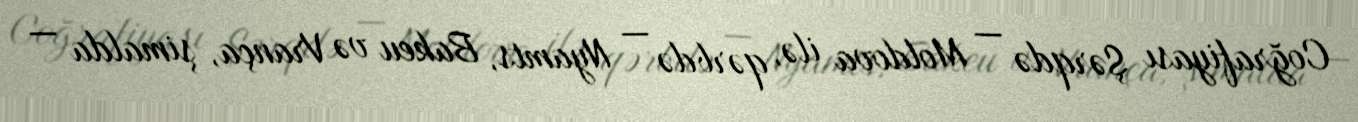
Coğrafiyası Şərqdə — Moldova ilə, qərbdə — Nyamts, Bakeu və Vrança, şimalda —